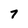
Character: 7